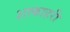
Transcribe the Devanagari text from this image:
शाकाहरी